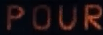
POUR